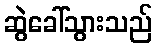
ဆွဲခေါ်သွားသည်